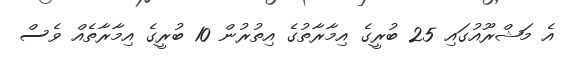
އެ މަޝްރޫއުގައި 25 ބުރީގެ އިމާރާތުގެ އިތުރުން 10 ބުރީގެ އިމާރާތެއް ވެސް